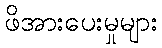
ဖိအားပေးမှုများ